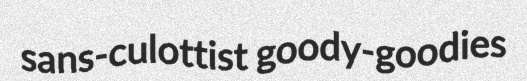
sans-culottist goody-goodies